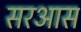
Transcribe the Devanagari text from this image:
सरआस